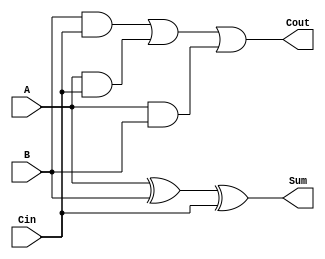
module fadder (A, B, Cin, Sum, Cout);
	input A, B;
	input Cin;
	output Sum;
	output Cout;
	wire t1,t2,t3;
	xor g1(Sum,A,B,Cin);
	and g2(t1,B,Cin);
	and g3(t2,A,Cin);
	and g4(t3,A,B);
	or g5(Cout,t1,t2,t3);
endmodule //fadder